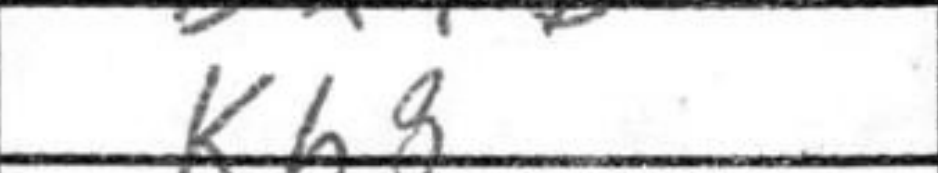
Transcription: Kh8